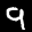
Label: 9